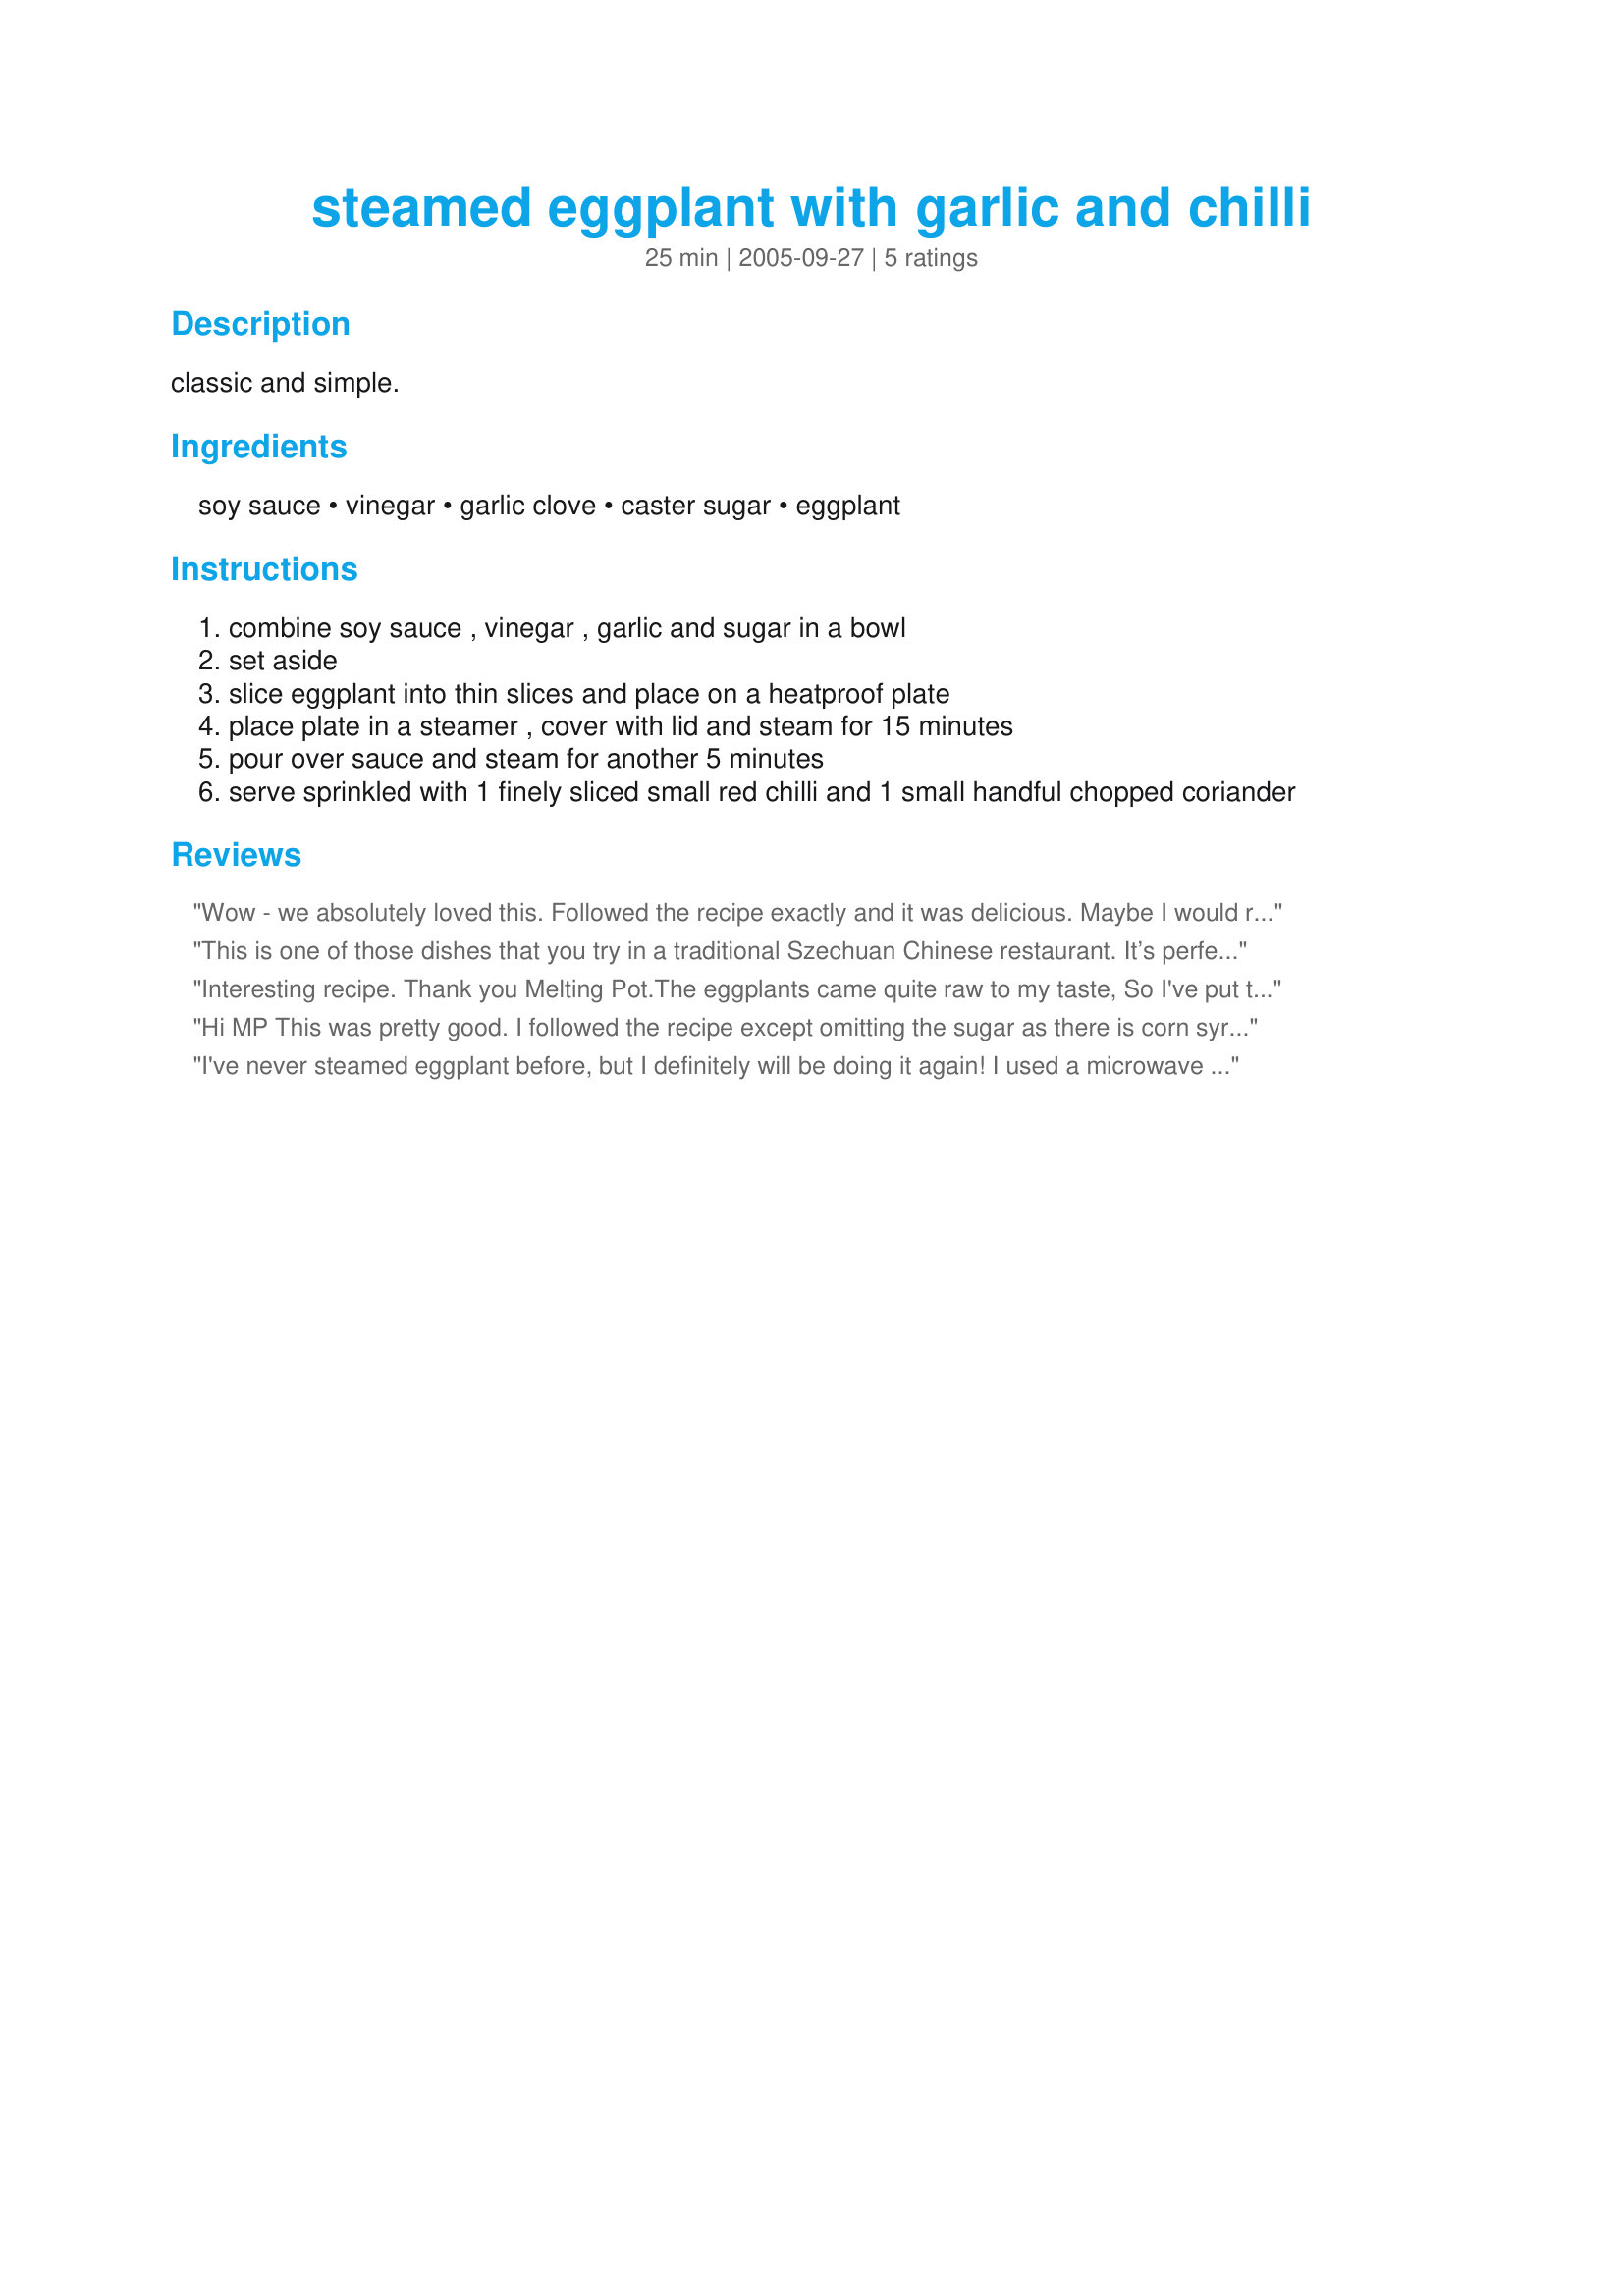
steamed eggplant with garlic and chilli
Preparation time: 25 minutes

classic and simple.

Ingredients:
soy sauce, vinegar, garlic clove, caster sugar, eggplant

Steps:
combine soy sauce , vinegar , garlic and sugar in a bowl
set aside
slice eggplant into thin slices and place on a heatproof plate
place plate in a steamer , cover with lid and steam for 15 minutes
pour over sauce and steam for another 5 minutes
serve sprinkled with 1 finely sliced small red chilli and 1 small handful chopped coriander

Reviews:
Wow - we absolutely loved this. Followed the recipe exactly and it was delicious. Maybe I would reduce the garlic slightly (I may have had a heavy hand though!!!). So nice to have a fresh, light eggplant dish as normally eggplant requires a lot of oil to get the soft texture. Beautiful. Thanx
This is one of those dishes that you try in a traditional Szechuan Chinese restaurant. It’s perfect when they make it. I don’t know how many different batches I have gone through trying to figure out what exactly they do but I did discover one thing. I think they use pickled ground red chili with garlic. It sounds kind of crazy but one of the ways I found this out is by looking at other Sauce ingredients. The sauce they toss the egg plant in tastes kind of like the dipping sauce he would use for spring rolls. It’s really sweet. So I was reading a couple different ingredient lists on the back of spring rolls dipping sauce recipes and that’s where I started noticing the pickled chili garlic mixture. I added it along with a couple tablespoons of sugar, light soy sauce, a lot of garlic cloves, and every day chicken stock. These aren’t the exact proportions but you get the idea.
Interesting recipe. Thank you Melting Pot.<br/>The eggplants came quite raw to my taste, So I've put them into a heated oven for 10 minutes to give them the crisp I like.<br/>I also think this sauce would be great for chicken in oven recipe after marinading the chicken in it for a while.
Hi MP

This was pretty good. I followed the recipe except omitting the sugar as there is corn syrup in the rice vinegar. I steamed them over some a recipe for cabbage rolls. VEry nice. Thank you for the recipe
Judy in WA
I've never steamed eggplant before, but I definitely will be doing it again! I used a microwave steamer basket. Since I used lite soy sauce, I was surprised at how salty I found this -- maybe TOO salty, and I rarely say that!! But then I thought it might be because I salted the slices and let them sweat before I steamed them, so maybe I just didn't do a good job of washing off the salt. I used brown rice vinegar and Splenda in place of the sugar. It was a delightful recipe. Thanks for posting!
